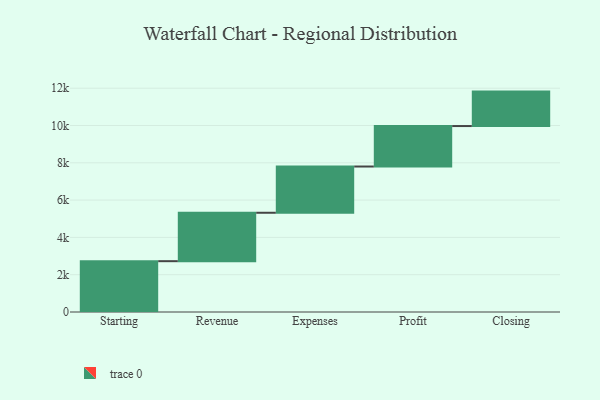
{"axis": {"x": "Step", "y": "Value"}, "legend": [""], "data": [{"x": "Starting", "y": 2725.0, "type": ""}, {"x": "Revenue", "y": 2596.0, "type": ""}, {"x": "Expenses", "y": 2479.0, "type": ""}, {"x": "Profit", "y": 2170.0, "type": ""}, {"x": "Closing", "y": 1847.0, "type": ""}]}